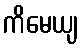
ကိမေယျ